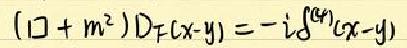
$( \square + m^{2} ) D _ { F } ( x - y ) = - i \delta ^ { ( 4 ) } ( x - y )$